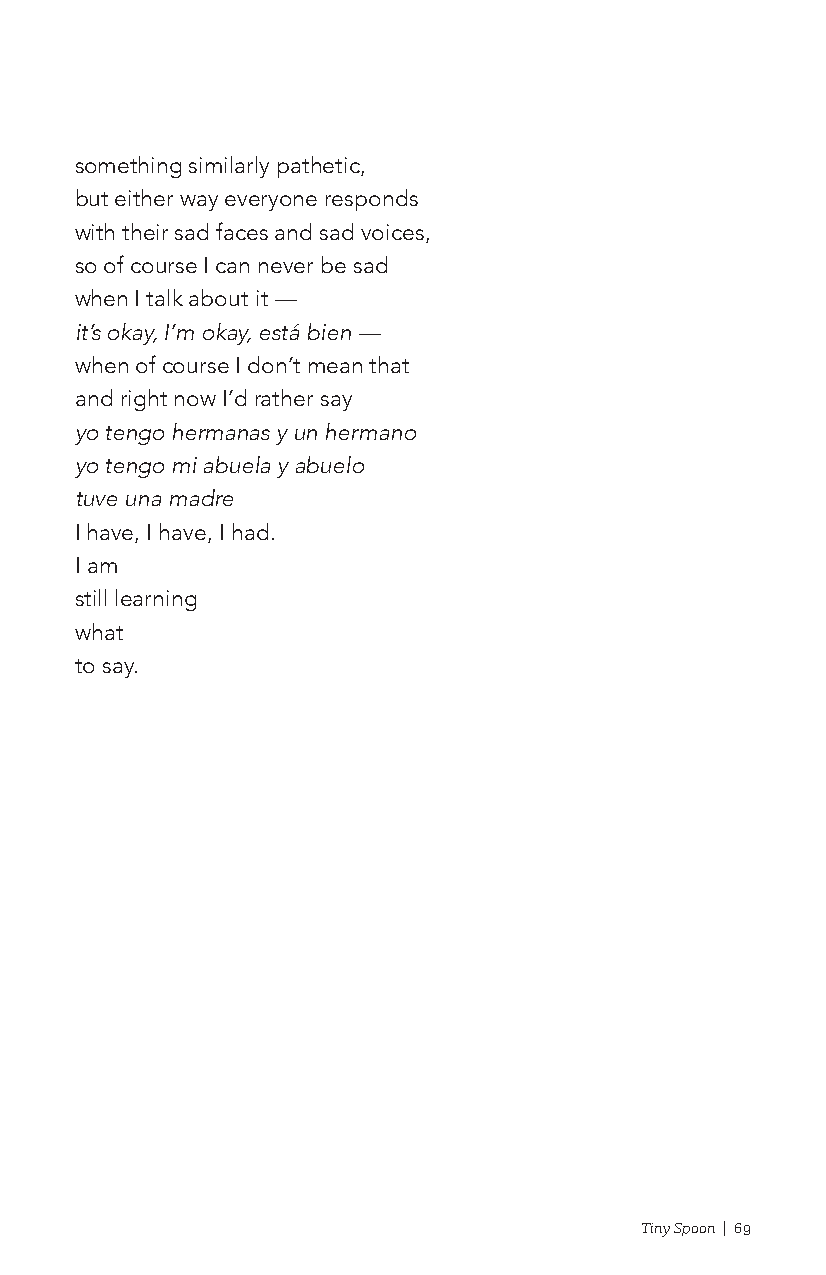
something similarly pathetic,
 but either way everyone responds
 with their sad faces and sad voices,
 so of course I can never be sad
 when I talk about it ––
 it’s okay, I’m okay, está bien ––
 when of course I don’t mean that
 and right now I’d rather say
 yo tengo hermanas y un hermano
 yo tengo mi abuela y abuelo
 tuve una madre
 I have, I have, I had.
 I am
 still learning
 what
 to say.
 Tiny Spoon | 69